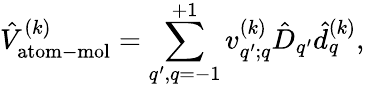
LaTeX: \hat{V}_{\mathrm{atom-mol}}^{(k)}=\sum_{q^{\prime},q=-1}^{+1}v_{q^{\prime};q}^{(k)}\hat{D}_{q^{\prime}}\hat{d}_{q}^{(k)},